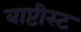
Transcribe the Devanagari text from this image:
बाप्टीस्ट